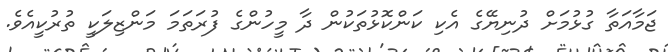
ޖަމާއަތާ ގުޅުމަށް ދުނިޔޭގެ އެކި ކަންކޮޅުތަކުން ދާ މީހުންގެ ފުރަތަމަ މަންޒިލަކީ ތުރުކީއެވެ.